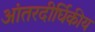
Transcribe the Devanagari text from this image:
आंतरदीर्घिकीय